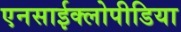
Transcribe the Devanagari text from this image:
एनसाईक्लोपीडिया